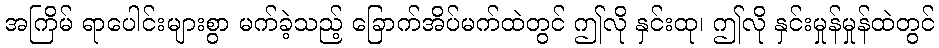
အကြိမ် ရာပေါင်းများစွာ မက်ခဲ့သည့် ခြောက်အိပ်မက်ထဲတွင် ဤလို နှင်းထု၊ ဤလို နှင်းမှုန်မှုန်ထဲတွင်